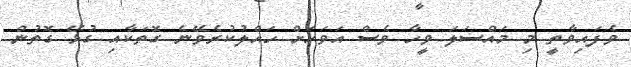
ވެފައިވާތީ މި މައްސަލަ ވީހާ ވެސް އަވަހަށް ހައްލުކުރެވޭނެ ގޮތަކާއި ގުޅޭ ގޮތުން